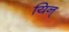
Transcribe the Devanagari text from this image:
यिन्